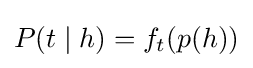
P(t\mid h)=f_{t}(p(h))